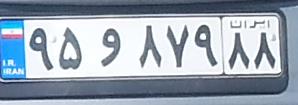
۹۵و۸۷۹۸۸